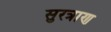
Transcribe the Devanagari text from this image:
सुरत्राण